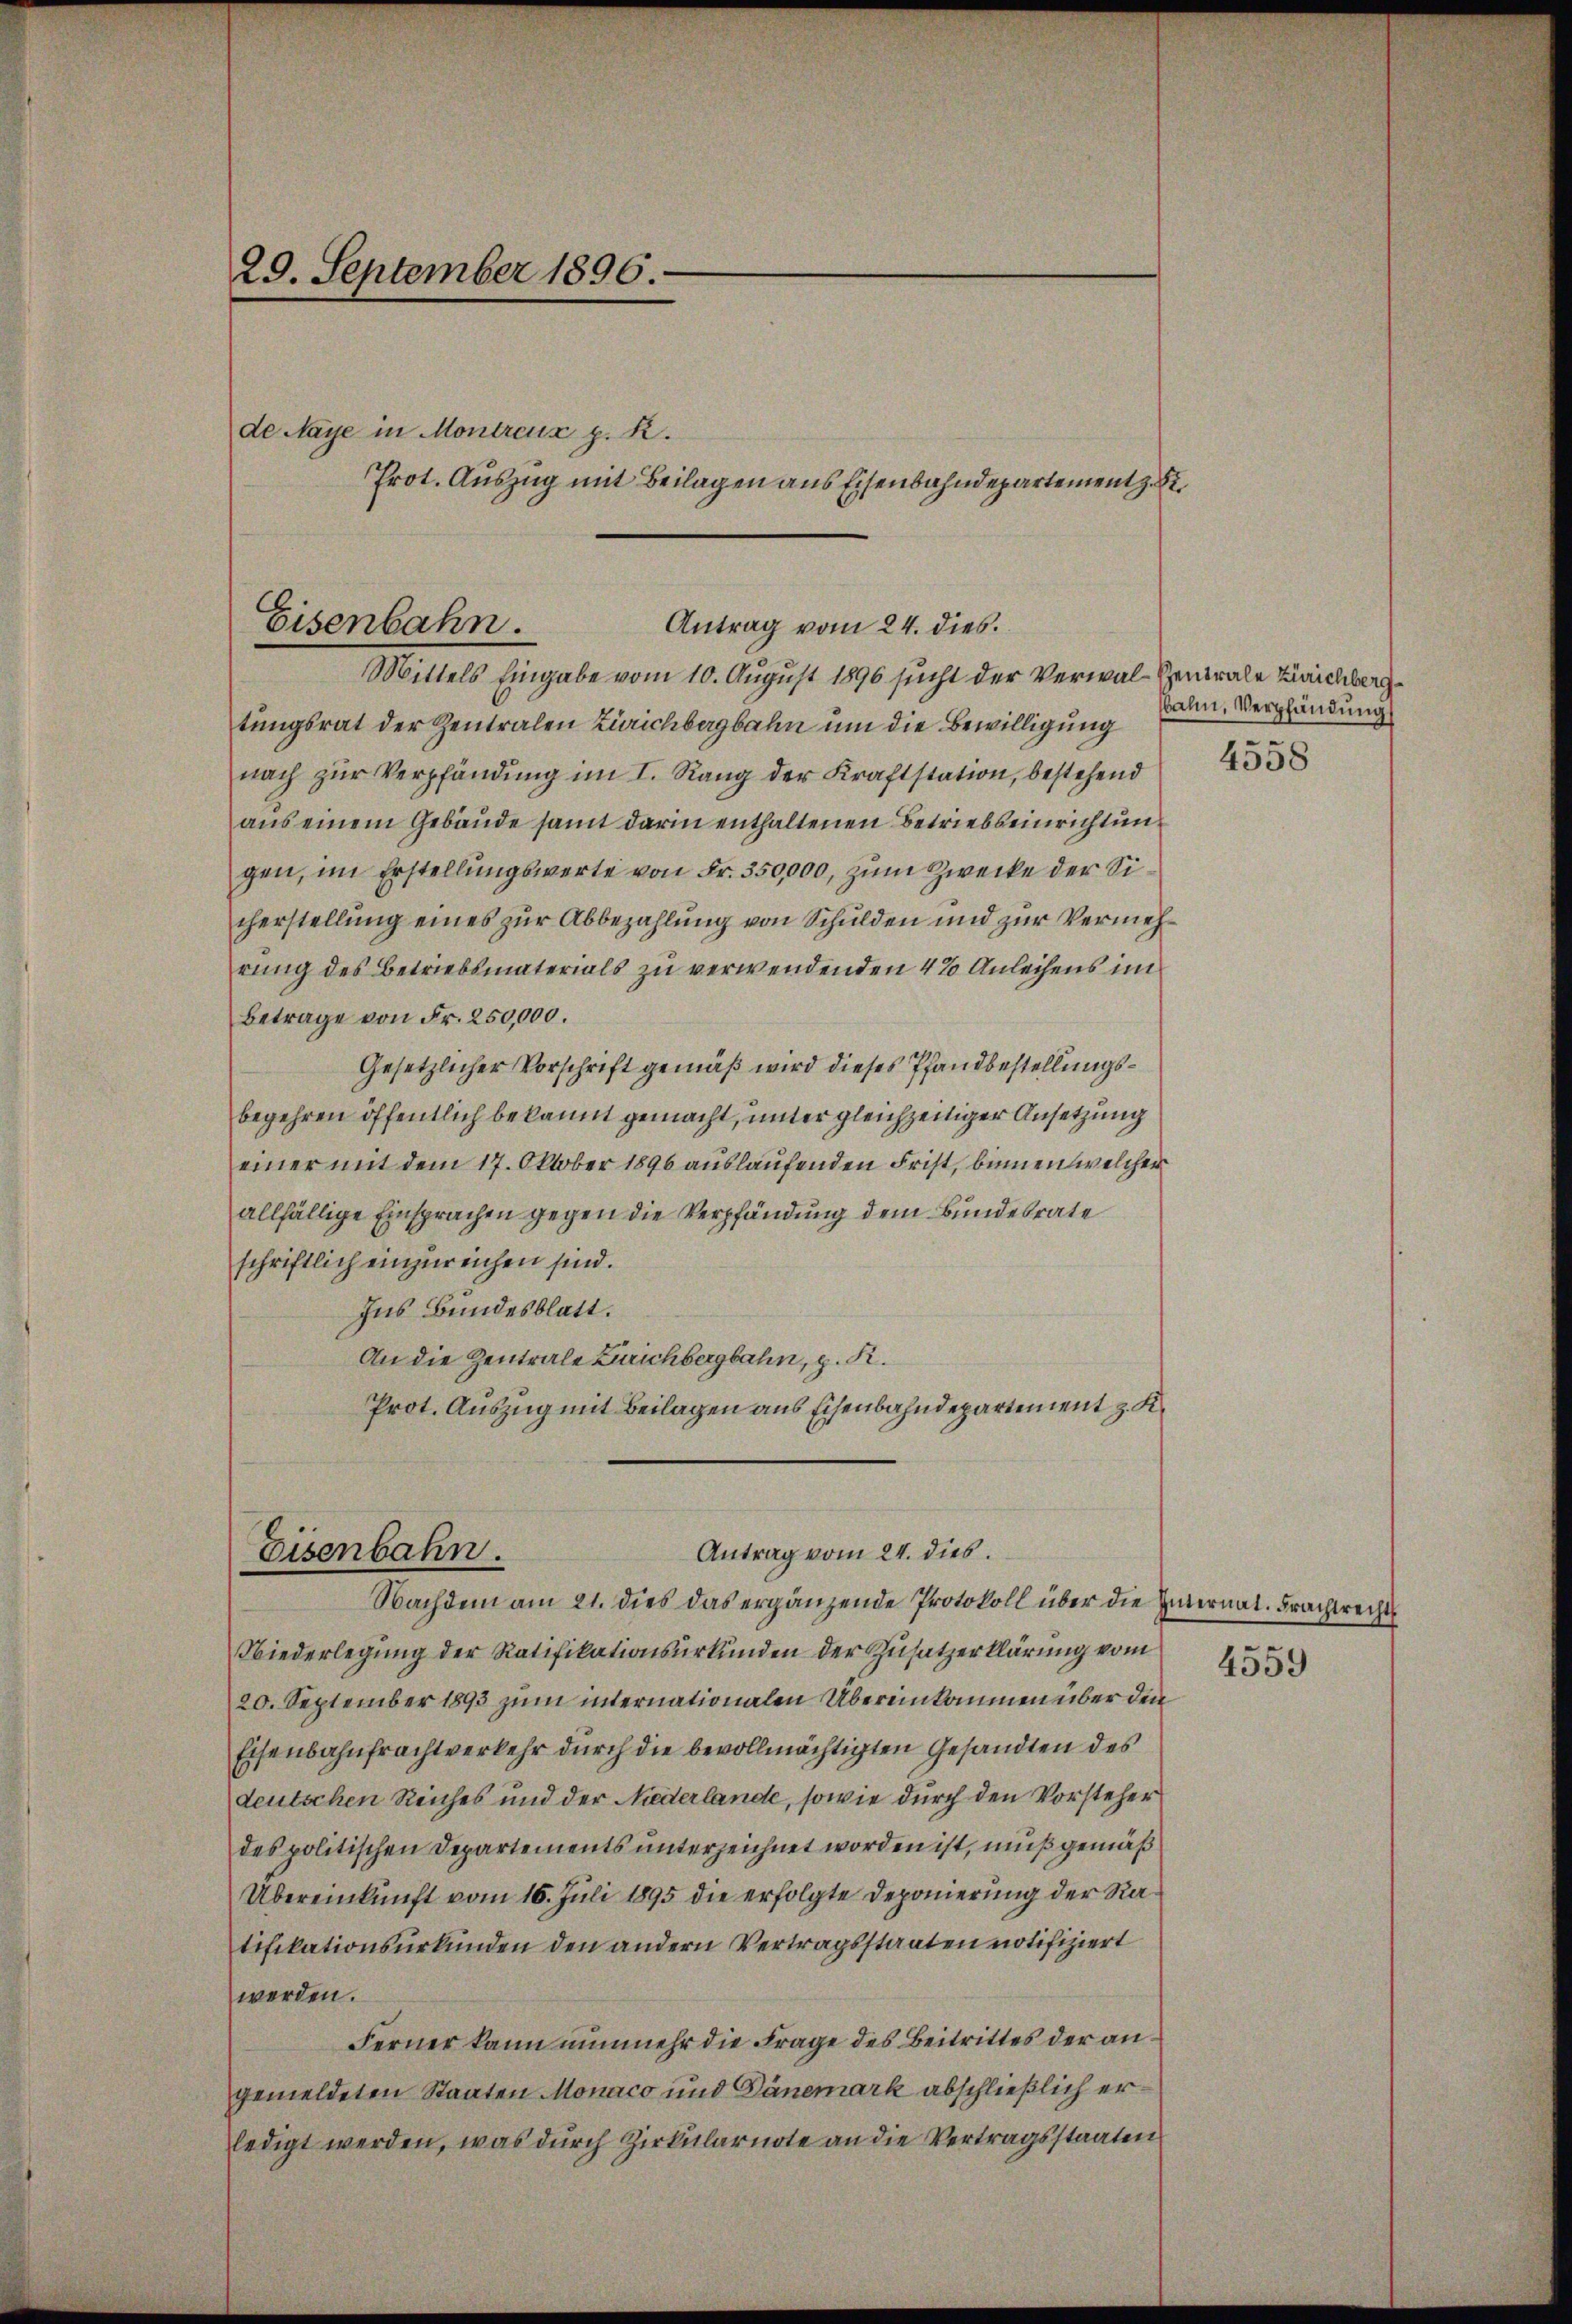
de Maye in Montreux p. R.

29. September 1896.

Prot. Auszug mit Beilagen aus Eisenbahndepartement z.

Eisenbahn.

tungsrat der Zentralen Zürichbergbahn um die Bewilligung
nach zŭr Verpfändung im I. Rang der Kraftstation, bestehend
aŭs einem Gebäŭde samt darin enthaltenen Betriebseinrichtung
gen, im Erstellungswerte von Fr. 350,000, zum Zwecke der Sicherstellung eines zur Abbezahlung von Schulden und zur Vermehrung des Betriebsmaterials zu verwendenden 4% Anleihens im
Betrage von Fr. 250,000.
Gesetzlicher Vorschrift gemäß wird dieses Pfandbestellungsbegehren öffentlich bekannt gemacht, unter gleichzeitiger Ansetzung
einer mit dem 17. Oktober 1896 auslaufenden Frist, binnen welcher
allfällige Einsprachen gegen die Verpfändung dem Bundesrate
schriftlich einzureichen sind.
Ins Bundesblatt.
An die Zentrale Zürichbergbahn, p. K.
Prot. Auszug mit Beilagen aus Eisenbahndepartement z. K.

Antrag vom 24. dies
Mittels Eingabe vom 10. August 1896 sucht der Verwal-Generale Zürichberg

Antrag vom 24. dies
Eisenbahn.
Nachdem am 21. dies das ergänzende Protokoll über die Internat. Frachtrechts

Niederlegŭng der Ratifikationsŭrkŭnden der Zŭsatzerklärŭng vom
20. September 1893 zum internationalen Übereinkommen über den
Eisenbahnfrachtverkehr durch die bevollmächtigten Gesandten des
deutschen Reiches und der Niederlande, sowie durch den Vorsteher
des politischen Departements unterzeichnet worden ist, muß gemäß
Übereinkunft vom 16. Juli 1895 die erfolgte Deponierung der Ratifikationsurkunden den andern Vertragsstaaten notifiziert
werden.
Ferner kann nunmehr die Frage des Beitrittes der angemeldeten Staaten Monaco und Dänemark abschließlich erledigt werden, was dŭrch Zirkŭlarnote an die Vertragsstaaten

ahn, Verpfändung

4558